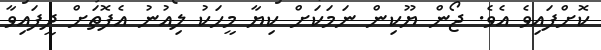
ކޮށްފައިވެ އެވެ. ޖޯން ޔޫކިން ނަމަކަށް ކިޔާ މީހަކު ލިއުނު އެފޮތަށް ދީފައިވާ